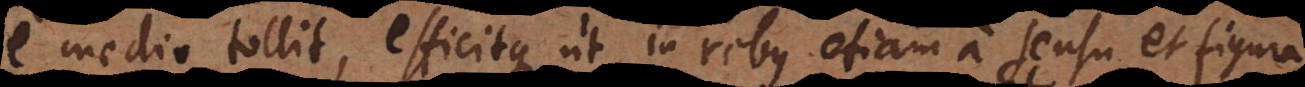
e medio tollit, efficitque ut in rebus etiam a sensu et figura